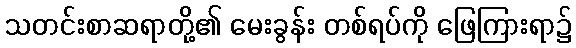
သတင်းစာဆရာတို့၏ မေးခွန်း တစ်ရပ်ကို ဖြေကြားရာ၌